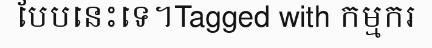
បែបនេះទេ។Tagged with កម្មករ